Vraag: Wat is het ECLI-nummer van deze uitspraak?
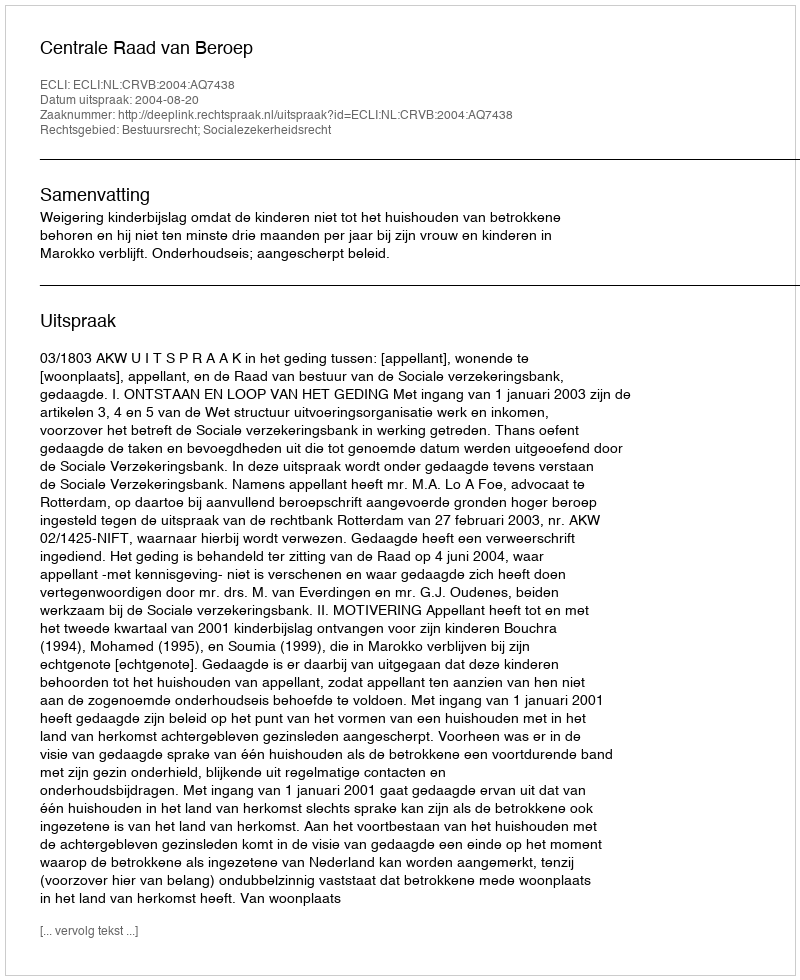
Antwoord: ECLI:NL:CRVB:2004:AQ7438